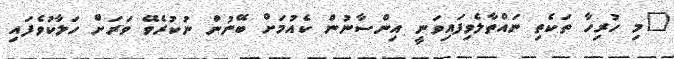
"މި ހުރިހާ ތަކެތި ނައްތާލެވިފައިވަނީ އިންސާނުން ކެއުމަށް ބޭނުން ނުކުރެވޭ ވަރަށް ހަލާކުވެފައި